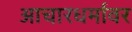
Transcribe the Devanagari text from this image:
आचारधर्मावर